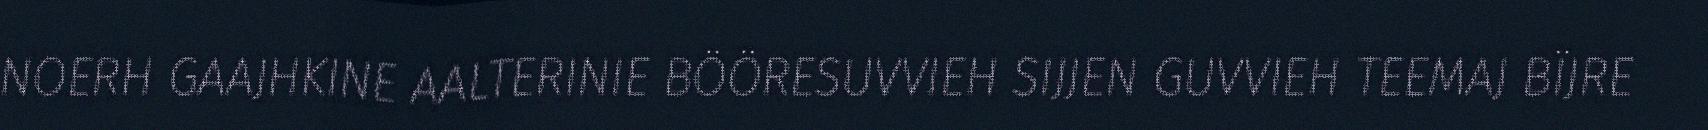
NOERH GAAJHKINE AALTERINIE BÖÖRESUVVIEH SIJJEN GUVVIEH TEEMAJ BÏJRE